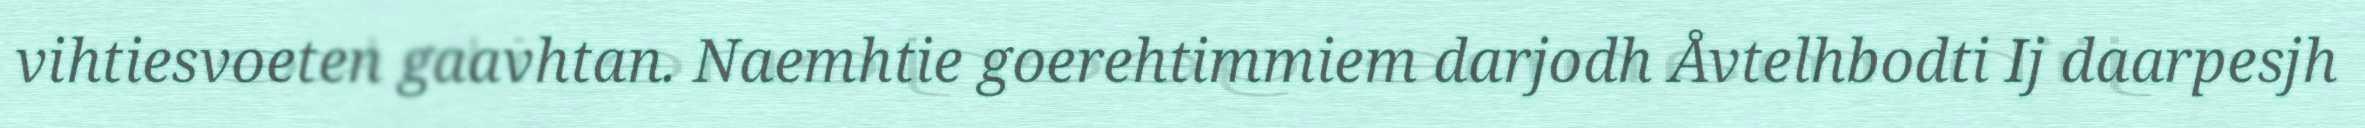
vihtiesvoeten gaavhtan. Naemhtie goerehtimmiem darjodh Åvtelhbodti Ij daarpesjh